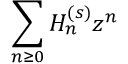
\sum _ { n \geq 0 } H _ { n } ^ { ( s ) } z ^ { n }